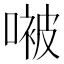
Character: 𫫢